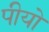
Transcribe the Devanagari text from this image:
पीयो